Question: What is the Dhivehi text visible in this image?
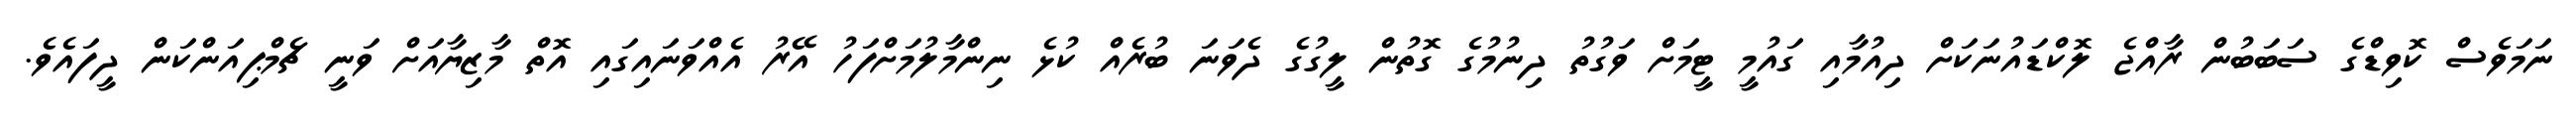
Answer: ނަމަވެސް ކޮވިޑްގެ ސަބަބުން ރާއްޖެ ލޮކްޑައުނަކަށް ދިއުމާއި ގައުމީ ޓީމަށް ވަގުތު ދިނުމުގެ ގޮތުން ލީގުގެ ދެވަނަ ބުރެއް ކުޅެ ނިންމާލުމަށްފަހު އޭރު އެއްވަނައިގައި އޮތް މާޒިޔާއަށް ވަނީ ޗެމްޕިއަންކަން ދީފައެވެ.